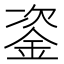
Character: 𨦠